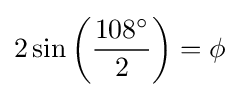
2\sin \left({\frac {108^{\circ }}{2}}\right)=\phi